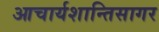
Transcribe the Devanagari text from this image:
आचार्यशान्तिसागर